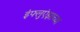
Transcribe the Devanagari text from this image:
इंफ्लुएंझाच्या